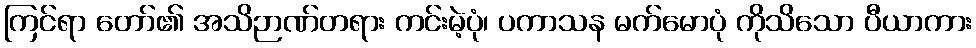
ကြင်ရာ တော်၏ အသိဉာဏ်တရား ကင်းမဲ့ပုံ၊ ပကာသန မက်မောပုံ ကိုသိသော ပီယာကား